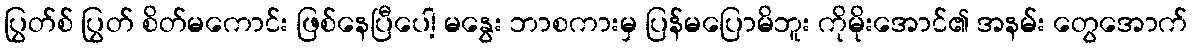
ပြွတ်စ် ပြွတ် စိတ်မကောင်း ဖြစ်နေပြီပေါ့ မနွေး ဘာစကားမှ ပြန်မပြောမိဘူး ကိုမိုးအောင်၏ အနမ်း တွေအောက်